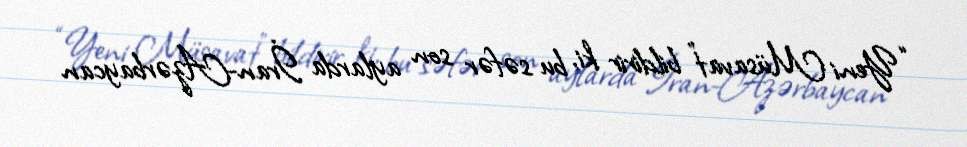
“Yeni Müsavat” bildirir ki, bu səfər son aylarda İran-Azərbaycan